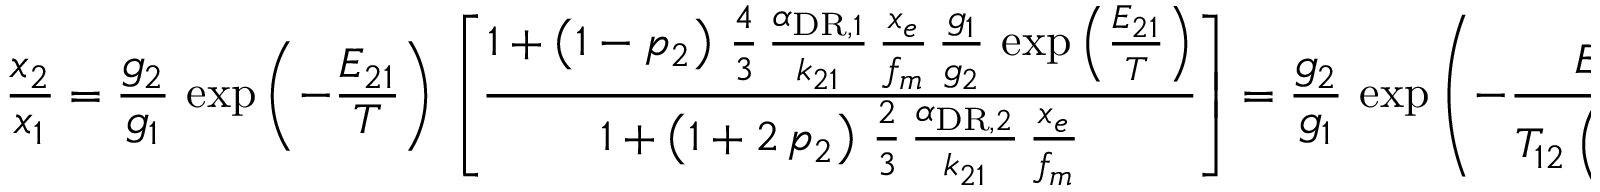
\frac { x _ { 2 } } { x _ { 1 } } = \frac { g _ { 2 } } { g _ { 1 } } \, \exp \left( - \frac { E _ { 2 1 } } { T } \right) \, \left[ \frac { 1 + \left( 1 - p _ { 2 } \right) \, \frac { 4 } { 3 } \, \frac { \alpha _ { \mathrm { D R } , 1 } } { k _ { 2 1 } } \, \frac { x _ { e } } { f _ { m } } \, \frac { g _ { 1 } } { g _ { 2 } } \, \exp \left( \frac { E _ { 2 1 } } { T } \right) } { 1 + \left( 1 + 2 \, p _ { 2 } \right) \, \frac { 2 } { 3 } \, \frac { \alpha _ { \mathrm { D R } , 2 } } { k _ { 2 1 } } \, \frac { x _ { e } } { f _ { m } } } \right] = \frac { g _ { 2 } } { g _ { 1 } } \, \exp \left( - \frac { E _ { 2 1 } } { T _ { 1 2 } \left( \mathrm { H } _ { 3 } ^ { + } \right) } \right) \, .